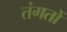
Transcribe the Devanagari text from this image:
तंगतों